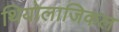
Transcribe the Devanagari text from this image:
थियोलाजिकल